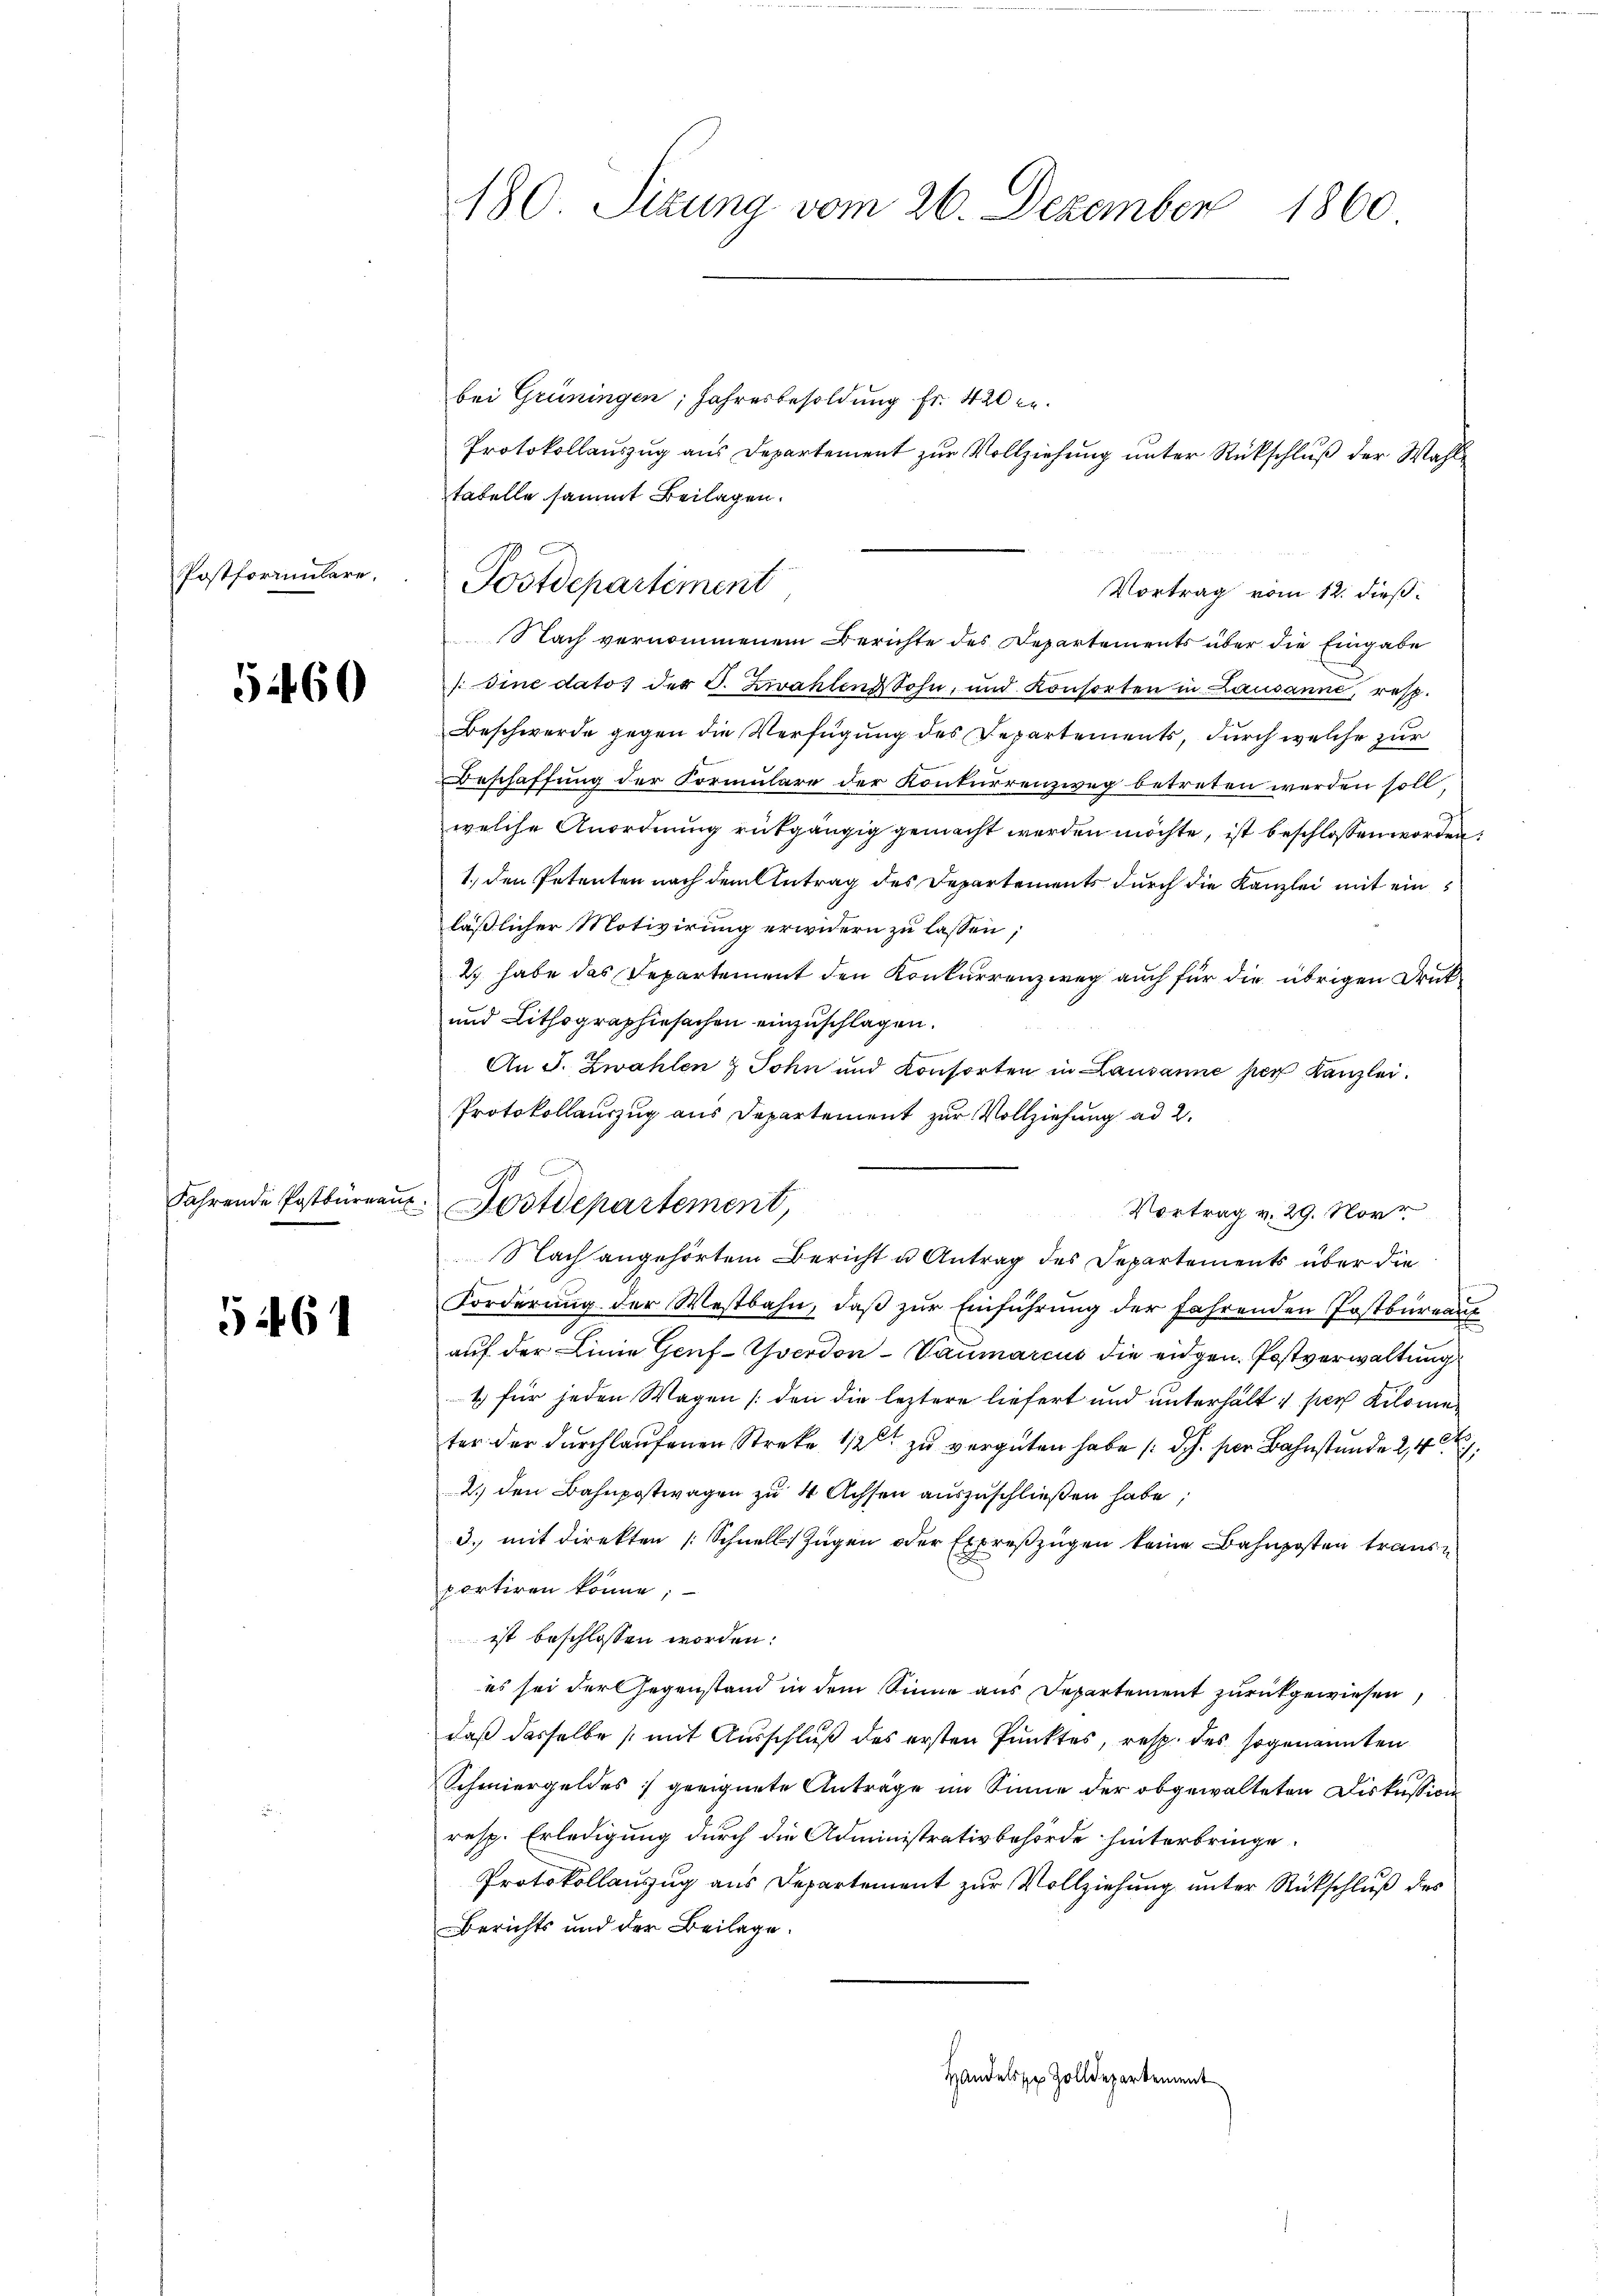
Postformulare,

51460

Fahrende Postbüreau

5461

180. Sizung vom 26. Dezember 1860.

bei Grüningen, Jahresbesoldung fr. 420 f.
Protokollauszug aus Departement zur Vollziehung unter Rückschluß der Wahle
Vortrag vom 12. dieß
Nach vernommenem Berichte des Departements über die Eingabe
dine dato der O. Zwahlen Sohn, und Konsorten in Lausanne, resp.
Beschwerde gegen die Verfügung des Departements, durch welche zur
Beschaffung der Formulare der Konkurrenzweg betreten werden soll,
welche Anordnung rückgängig gemacht werden möchte, ist beschlossen worden.
1.) den Petenten nach dem Antrag des Departements durch die Kanzlei mit einläßlicher Motivirung erwidern zu lassen;
2. habe das Departement den Konkurrenzweg auch für die übrigen Druk¬
und Lithographiesachen einzuschlagen.
An J. Zwahlen & Sohn und Konsorten in Lausanne her Kanzlei.
Protokollauszug aus Departement zur Vollziehung ad 2.
Nach angehörtem Bericht u Antrag des Departements über die
Forderung der Westbahn, daβ zŭr Einführung der fahrenden Postbüreau
auf der Linie Genf-Yverdon-Vaumarcus die eidgen. Postverwaltung
1 für jeden Wagen (den die leztere liefert und unterhalt sei Kilome
ter der durchlaufenen Streke 12 zu vergüten habe (d. h. für Bahnstunde 2,4
2.) den Bahnpostwagen zu 4 Achsen auszuschließen habe,
3. mit direkten (Schnell Zügen oder Expreßzügen keine Bahnposten traus e
portiren könne;
ist beschlossen worden:
es sei der Gegenstand in dem Sinne aus Departement zurückgewiesen,
daß dasselbe mit Ausschluß des ersten Punktes, resp. des sogenannten
Schmiergeldes geeignete Antrage im Sinne der obgewalteten Diskussion
resp. Erledigung durch die Administrativbehörde hinterbringe.
Protokollauszug aus Departement zur Vollziehung unter Rückschluß des
Berichts und der Beilage.
Handelssp Zolldepartement

tabelle sammt Beilagen.
Postdepartement

Postdepartement,

Vortrag v. 29. Nov.